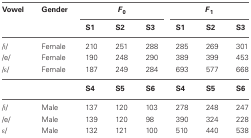
<table><thead><tr><td><b>Vowel</b></td><td><b>Gender</b></td><td colspan="3"><b><i>F</i><sub>0</sub></b></td><td colspan="3"><b><i>F</i><sub>1</sub></b></td></tr><tr><td></td><td></td><td><b>S1</b></td><td><b>S2</b></td><td><b>S3</b></td><td><b>S1</b></td><td><b>S2</b></td><td><b>S3</b></td></tr></thead><tbody><tr><td>/i/</td><td>Female</td><td>210</td><td>251</td><td>288</td><td>285</td><td>269</td><td>301</td></tr><tr><td>/e/</td><td>Female</td><td>190</td><td>248</td><td>290</td><td>389</td><td>399</td><td>453</td></tr><tr><td>/ε/</td><td>Female</td><td>187</td><td>249</td><td>284</td><td>693</td><td>577</td><td>668</td></tr><tr><td></td><td></td><td><b>S4</b></td><td><b>S5</b></td><td><b>S6</b></td><td><b>S4</b></td><td><b>S5</b></td><td><b>S6</b></td></tr><tr><td>/i/</td><td>Male</td><td>137</td><td>120</td><td>103</td><td>278</td><td>248</td><td>247</td></tr><tr><td>/e/</td><td>Male</td><td>139</td><td>120</td><td>98</td><td>390</td><td>324</td><td>228</td></tr><tr><td>ε/</td><td>Male</td><td>132</td><td>121</td><td>100</td><td>510</td><td>440</td><td>538</td></tr></tbody></table>